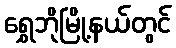
ရွှေဘိုမြို့နယ်တွင်